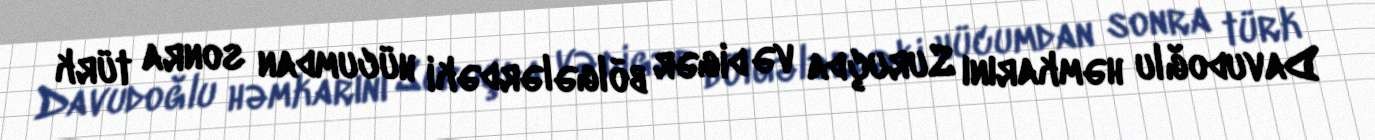
Davudoğlu həmkarını Suruçda və digər bölgələrdəki hücumdan sonra türk